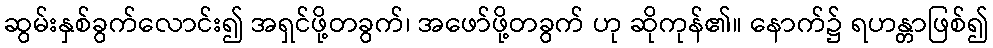
ဆွမ်းနှစ်ခွက်လောင်း၍ အရှင်ဖို့တခွက်၊ အဖော်ဖို့တခွက် ဟု ဆိုကုန်၏။ နောက်၌ ရဟန္တာဖြစ်၍